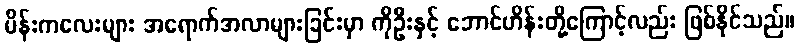
မိန်းကလေးများ အရောက်အလာများခြင်းမှာ ကိုဦးနှင့် ဘောင်ဟိန်းတို့ကြောင့်လည်း ဖြစ်နိုင်သည်။